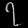
Digit: ၇